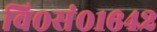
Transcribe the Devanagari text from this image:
वि०सं०१६४२